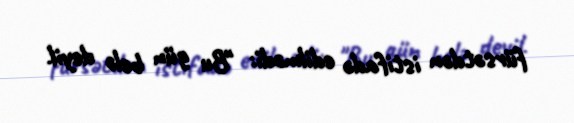
fürsətdən istifadə edilmədi: "Bu gün belə deyil.